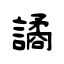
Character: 譎